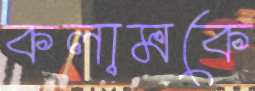
কলামকে